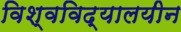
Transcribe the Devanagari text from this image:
विश्‍वविद्यालयीन